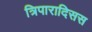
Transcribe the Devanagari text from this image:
त्रिपारादिसस